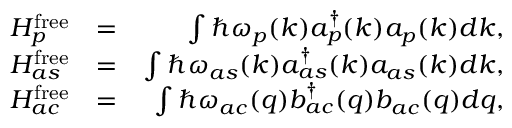
\begin{array} { r l r } { H _ { p } ^ { \mathrm { f r e e } } } & { = } & { \int \hbar \omega _ { p } ( k ) a _ { p } ^ { \dagger } ( k ) a _ { p } ( k ) d k , } \\ { H _ { a s } ^ { \mathrm { f r e e } } } & { = } & { \int \hbar \omega _ { a s } ( k ) a _ { a s } ^ { \dagger } ( k ) a _ { a s } ( k ) d k , } \\ { H _ { a c } ^ { \mathrm { f r e e } } } & { = } & { \int \hbar \omega _ { a c } ( q ) b _ { a c } ^ { \dagger } ( q ) b _ { a c } ( q ) d q , } \end{array}